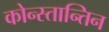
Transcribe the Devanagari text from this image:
कोन्स्तान्तिन